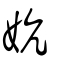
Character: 妔